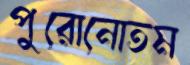
পুরোনোতম